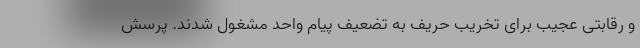
و رقابتی عجیب برای تخریب حریف به تضعیف پیام واحد مشغول شدند. پرسش